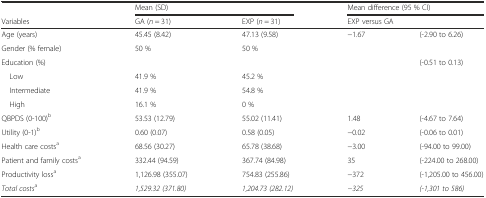
|  | <COLSPAN=2> Mean (SD) | <COLSPAN=2> Mean difference (95 % CI) |
 | Variables | GA (n = 31) | EXP (n = 31) | <COLSPAN=2> EXP versus GA |
 | --- | --- | --- | --- | --- |
 | Age (years) | 45.45 (8.42) | 47.13 (9.58) | −1.67 | (-2.90 to 6.26) |
 | Gender (% female) | 50 % | 50 % |  |  |
 | Education (%) |  |  |  | (-0.51 to 0.13) |
 | Low | 41.9 % | 45.2 % | <ROWSPAN=3>  | <ROWSPAN=3>  |
 | Intermediate | 41.9 % | 54.8 % |
 | High | 16.1 % | 0 % |
 | QBPDS (0-100)b | 53.53 (12.79) | 55.02 (11.41) | 1.48 | (-4.67 to 7.64) |
 | Utility (0-1)b | 0.60 (0.07) | 0.58 (0.05) | −0.02 | (-0.06 to 0.01) |
 | Health care costsa | 68.56 (30.27) | 65.78 (38.68) | −3.00 | (-94.00 to 99.00) |
 | Patient and family costsa | 332.44 (94.59) | 367.74 (84.98) | 35 | (-224.00 to 268.00) |
 | Productivity lossa | 1,126.98 (355.07) | 754.83 (255.86) | −372 | (-1,205.00 to 456.00) |
 | Total costsa | 1,529.32 (371.80) | 1,204.73 (282.12) | −325 | (-1,301 to 586) |